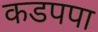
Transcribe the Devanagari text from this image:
कडपपा